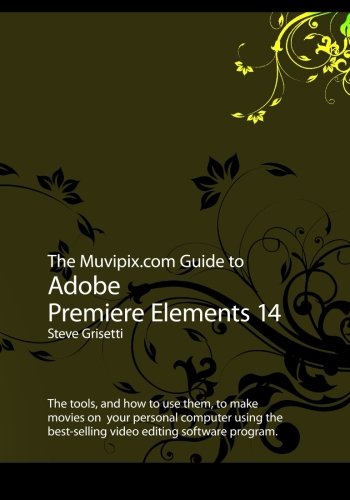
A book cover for The Muvipix.com Guide to Adobe Premiere Elements 14: The tools, and how to use them, to make movies on  your personal computer using the best-selling video editing software program; Steve Grisetti; Computers & Technology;